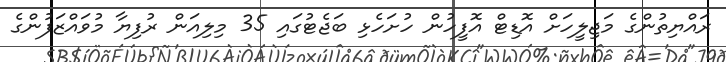
ރައްޔިތުންގެ މަޖިލީހަށް އޮޑިޓް އޮފީހުން ހުށަހެޅި ބަޖެޓުގައި 35 މިލިއަން ރުފިޔާ މުވައްޒަފުންގެ